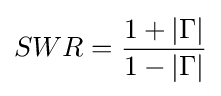
SWR={1+|\Gamma | \over 1-|\Gamma |}